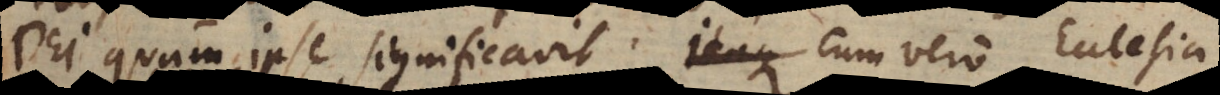
Dei quam ipse significavit, cum vero Ecclesia